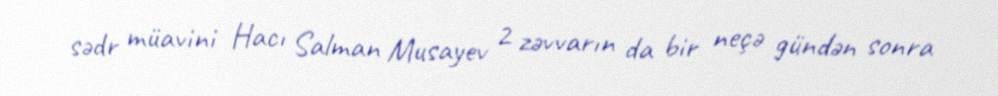
sədr müavini Hacı Salman Musayev 2 zəvvarın da bir neçə gündən sonra